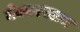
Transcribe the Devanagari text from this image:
नेकारस्लम